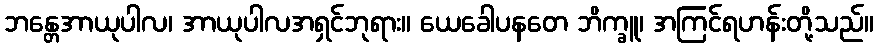
ဘန္တေအာယုပါလ၊ အာယုပါလအရှင်ဘုရား။ ယေခေါပနတေ ဘိက္ခူ၊ အကြင်ရဟန်းတို့သည်။